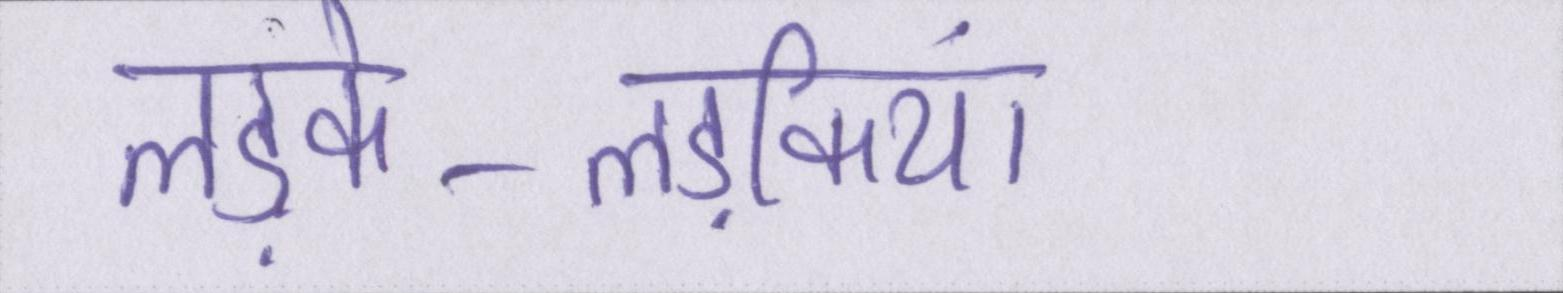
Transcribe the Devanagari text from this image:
लड़के-लड़कियां